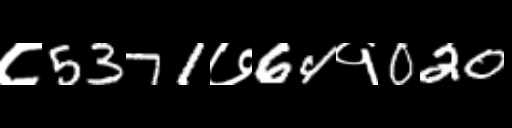
Text: ८5371७64१020